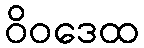
ဝိဝဒေထ